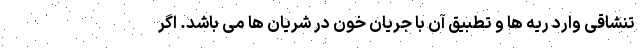
تنشاقی وارد ریه ها و تطبیق آن با جریان خون در شریان ها می باشد. اگر